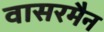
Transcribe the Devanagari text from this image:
वासरमैन